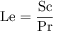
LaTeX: \mathrm { L e } = { \frac { \mathrm { S c } } { \mathrm { P r } } }